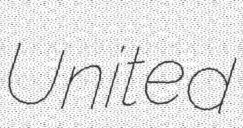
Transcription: United